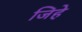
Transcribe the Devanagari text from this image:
जिहे